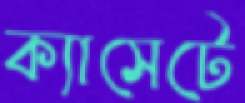
ক্যাসেটে